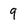
Character: 9